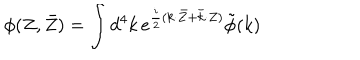
LaTeX: \phi ( Z , \bar { Z } ) = { \int { d ^ { 4 } k } } \, e ^ { \frac { i } { 2 } ( k { \cdot } \bar { Z } + \bar { k } { \cdot } Z ) } \tilde { \phi } ( k )